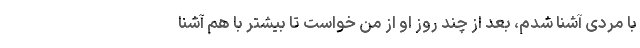
با مردی آشنا شدم، بعد از چند روز او از من خواست تا بیشتر با هم آشنا